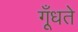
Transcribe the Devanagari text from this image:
गूँधते